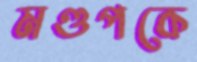
মণ্ডপকে